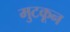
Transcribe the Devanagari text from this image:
मुटकून